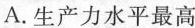
A.生产力水平最高